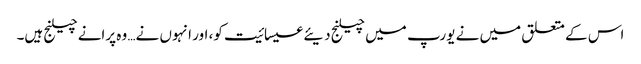
اس کے متعلق میں نے یورپ میں چیلنج دیئے عیسائیت کو، اور انہوں نے… وہ پرانے چیلنج ہیں۔